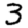
Digit: 3